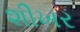
શીખર